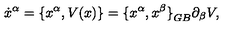
{ \dot { x } } ^ { \alpha } = \{ { x } ^ { \alpha } , V ( x ) \} = { \{ x ^ { \alpha } , x ^ { \beta } \} } _ { G B } \partial _ { \beta } V ,